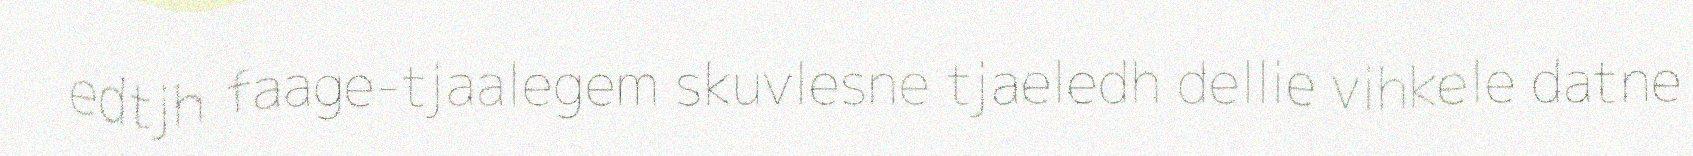
edtjh faage-tjaalegem skuvlesne tjaeledh dellie vihkele datne